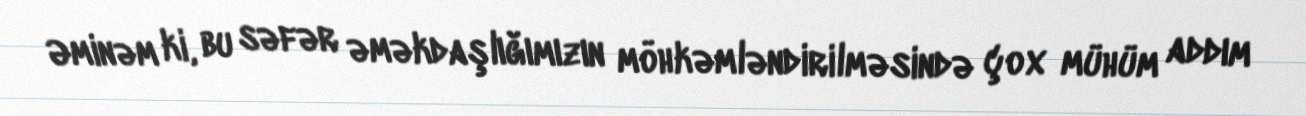
Əminəm ki, bu səfər əməkdaşlığımızın möhkəmləndirilməsində çox mühüm addım